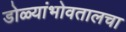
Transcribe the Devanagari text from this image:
डोळ्यांभोवतालचा